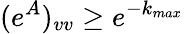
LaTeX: (e^{A})_{vv}\geq e^{-k_{max}}